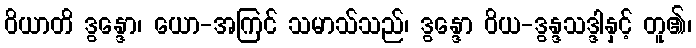
ဝိယာတိ ဒွန္ဒော၊ ယော-အကြင် သမာသ်သည်၊ ဒွန္ဒော ဝိယ-ဒွန္ဒသဒ္ဒါနှင့် တူ၏၊